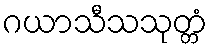
ဂယာသီသသုတ္တံ